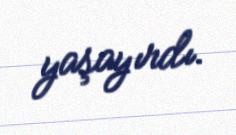
yaşayırdı.